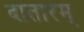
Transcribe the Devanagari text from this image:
दातारम्